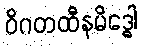
ဝိဂတထီနမိဒ္ဓေါ